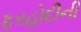
ફરહોદીની